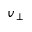
v _ { \perp }